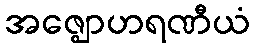
အဇ္ဈောဟရဏီယံ